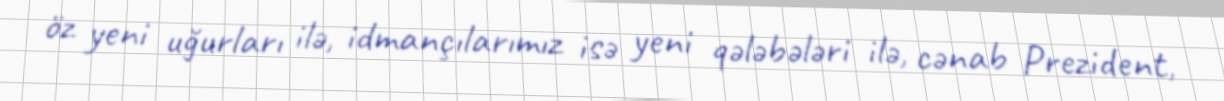
öz yeni uğurları ilə, idmançılarımız isə yeni qələbələri ilə, cənab Prezident,